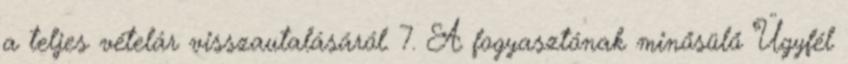
a teljes vételár visszautalásáról. 7. A fogyasztónak minősülő Ügyfél